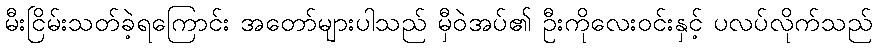
မီးငြိမ်းသတ်ခဲ့ရကြောင်း အတော်များပါသည် မှီဝဲအပ်၏ ဦးကိုလေးဝင်းနှင့် ပလပ်လိုက်သည်